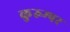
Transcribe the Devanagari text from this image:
कुरुम्पर